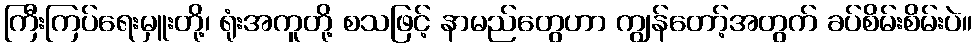
ကြီးကြပ်ရေးမှူးတို့၊ ရုံးအကူတို့ စသဖြင့် နာမည်တွေဟာ ကျွန်တော့်အတွက် ခပ်စိမ်းစိမ်းပဲ။